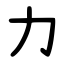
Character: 力